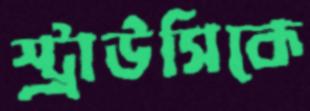
স্ট্রাউসিকে